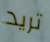
تريد